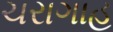
ચરાગાહ